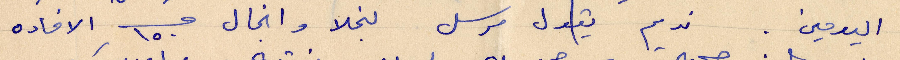
اليومية. نديم يقول مرسل لنجلا وانجال ١٥٠ الافاده